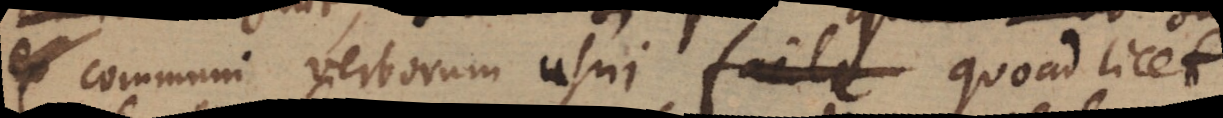
ex communi verborum usui facile quoadlicet